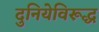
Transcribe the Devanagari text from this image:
दुनियेविरूद्ध